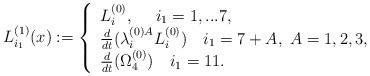
\begin{align*}L_{i_1}^{(1)}(x):=\left\{\begin{array}{lll}L_i^{(0)},~~~\ i_1=1,...7,\\\frac{d}{dt}(\lambda^{(0) A}_iL^{(0)}_i)~~~i_1 = 7 +A ,~A=1,2,3, \\\frac{d}{dt} ( \Omega_4^{(0)} ) ~~~i_1 = 11.\end{array}\right.\end{align*}